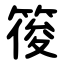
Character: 䈗